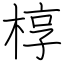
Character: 椁